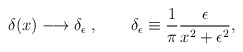
\begin{align*}\delta(x)\longrightarrow \delta_{\epsilon}\;, \qquad \delta_\epsilon\equiv\frac{1}{\pi}\frac{\epsilon}{x^2+\epsilon^2}, \end{align*}